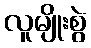
လူမျိုးစွဲ